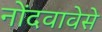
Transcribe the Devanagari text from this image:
नोंदवावेसे